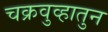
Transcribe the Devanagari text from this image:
चक्रवुव्हातुन